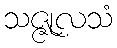
သဇ္ဇုလသံ